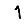
Digit: 1